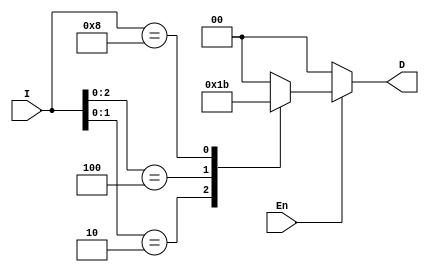
module PriorENC4x1(I,En,D);
input [3:0]I; input En; output reg [1:0]D;
always@(*) begin
if(En) begin
casez(I)
default: D=2'b00;
4'bzzz1: D=2'b00;
4'bzz10: D=2'b01;
4'bz100: D=2'b10;
4'b1000: D=2'b11; 
endcase end
else D=2'b00; end
endmodule